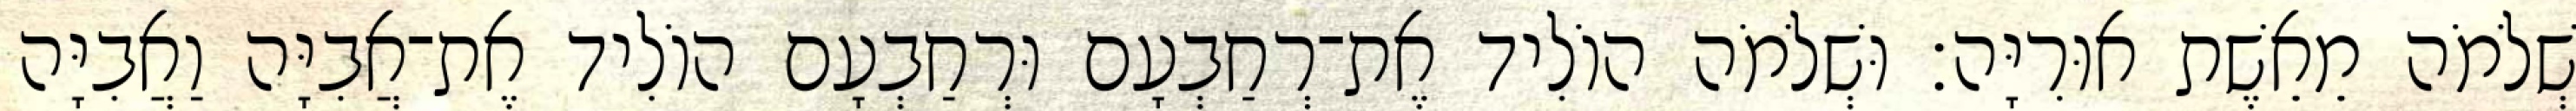
שְׁלֹמֹה מֵאֵשֶׁת אוּרִיָּה׃ וּשְׁלֹמֹה הוֹלִיד אֶת־רְחַבְעָם וּרְחַבְעָם הוֹלִיד אֶת־אֲבִיָּה וַאֲבִיָּה